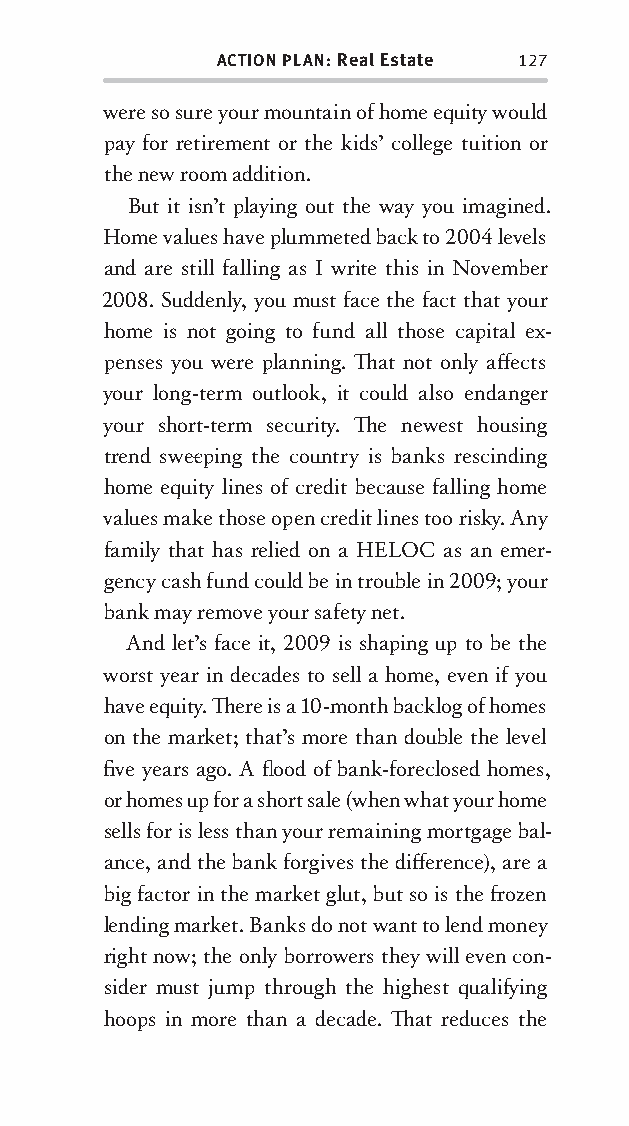
ACTION PLAN: Real Estate 127
 were so sure your mountain of home equity would
 pay for retirement or the kids’ college tuition or
 the new room addition.
 But it isn’t playing out the way you imagined.
 Home values have plummeted back to 2004 levels
 and are still falling as I write this in November
 2008. Suddenly, you must face the fact that your
 home is not going to fund all those capital ex-
 penses you were planning. Th at not only aff ects
 your long-term outlook, it could also endanger
 your short-term security . Th e newest housing
 trend swee ping the country is banks rescinding
 home equity lines of credit because falling home
 values make those open credit lines too risky . Any
 family that has relied on a HELOC as an emer-
 gency cash fund could be in trouble in 2009; your
 bank may remove your safety net.
 And let’s face it, 2009 is shaping up to be the
 worst year in decades to sell a home, even if you
 have equity . Th ere is a 10-month backlog of homes
 on the market; that’s more than double the level
 fi ve years ago. A fl ood of bank-foreclosed homes,
 or homes up for a short sale (when what your home
 sells for is less than your remaining mortgage bal-
 ance, and the bank forgives the diff erence), are a
 big factor in the market glut, but so is the fr ozen
 lending market. Banks do not want to lend money
 right now; the only borrowers they will even con-
 sider must jump through the highest qualify ing
 hoops in more than a decade. Th at reduces the
 OOrrmmaa__99778800338855553300993344__44pp__aallll__rr11..iinndddd 112277 1122//33//0088 99::3311::2255 AAMM